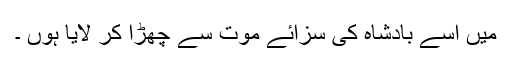
میں اسے بادشاہ کی سزائے موت سے چھڑا کر لایا ہوں ۔